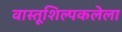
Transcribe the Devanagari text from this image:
वास्तूशिल्पकलेला